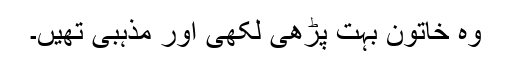
وہ خاتون بہت پڑھی لکھی اور مذہبی تھیں۔